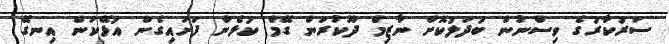
ސަރުކާރުގެ ވިސްނުން ބަދަލުކޮށް ނާޒިމް ދޫކުރަން ގޭމް ކުޅެން ފަށައިގެން އުޅޭކަން އިނގޭ